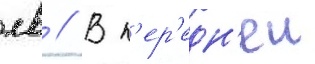
лв // В п'ер'едн'еи